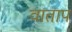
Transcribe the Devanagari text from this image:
वाताप